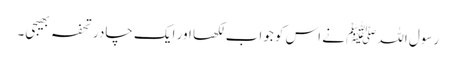
رسول اللہﷺ نے اس کو جواب لکھا اور ایک چادر تحفہ بھیجی۔